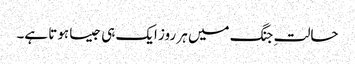
حالتِ جنگ میں ہر روز ایک ہی جیسا ہوتا ہے۔